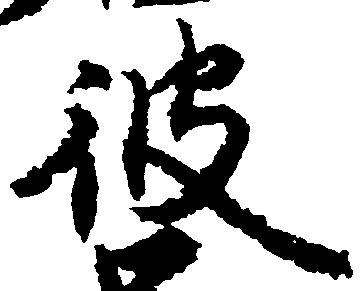
彼